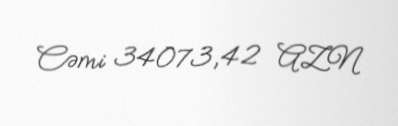
Cəmi 34073,42 AZN